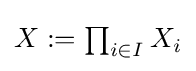
{\textstyle X:=\prod _{i\in I}X_{i}}